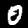
Label: 0